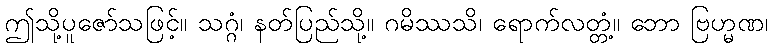
ဤသို့ပူဇော်သဖြင့်။ သဂ္ဂံ၊ နတ်ပြည်သို့။ ဂမိဿသိ၊ ရောက်လတ္တံ့။ ဘော ဗြဟ္မဏ၊